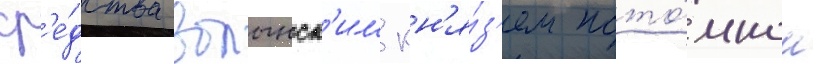
ср'е́дства волынск'им кн'я́з'ем пото́мком